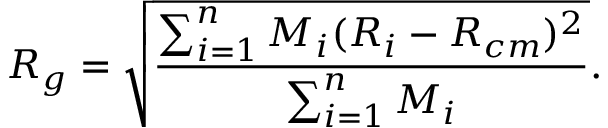
R _ { g } = \sqrt { \frac { \sum _ { i = 1 } ^ { n } M _ { i } ( R _ { i } - R _ { c m } ) ^ { 2 } } { \sum _ { i = 1 } ^ { n } M _ { i } } } .